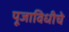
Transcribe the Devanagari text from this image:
पूजाविधीचे